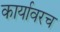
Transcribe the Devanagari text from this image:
कार्यावरच